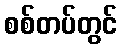
စစ်တပ်တွင်